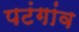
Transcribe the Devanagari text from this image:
पटंगांव